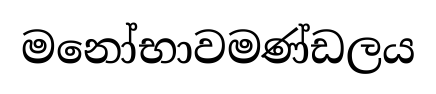
මනෝභාවමණ්ඩලය